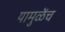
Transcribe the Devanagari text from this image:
यामुळेंच